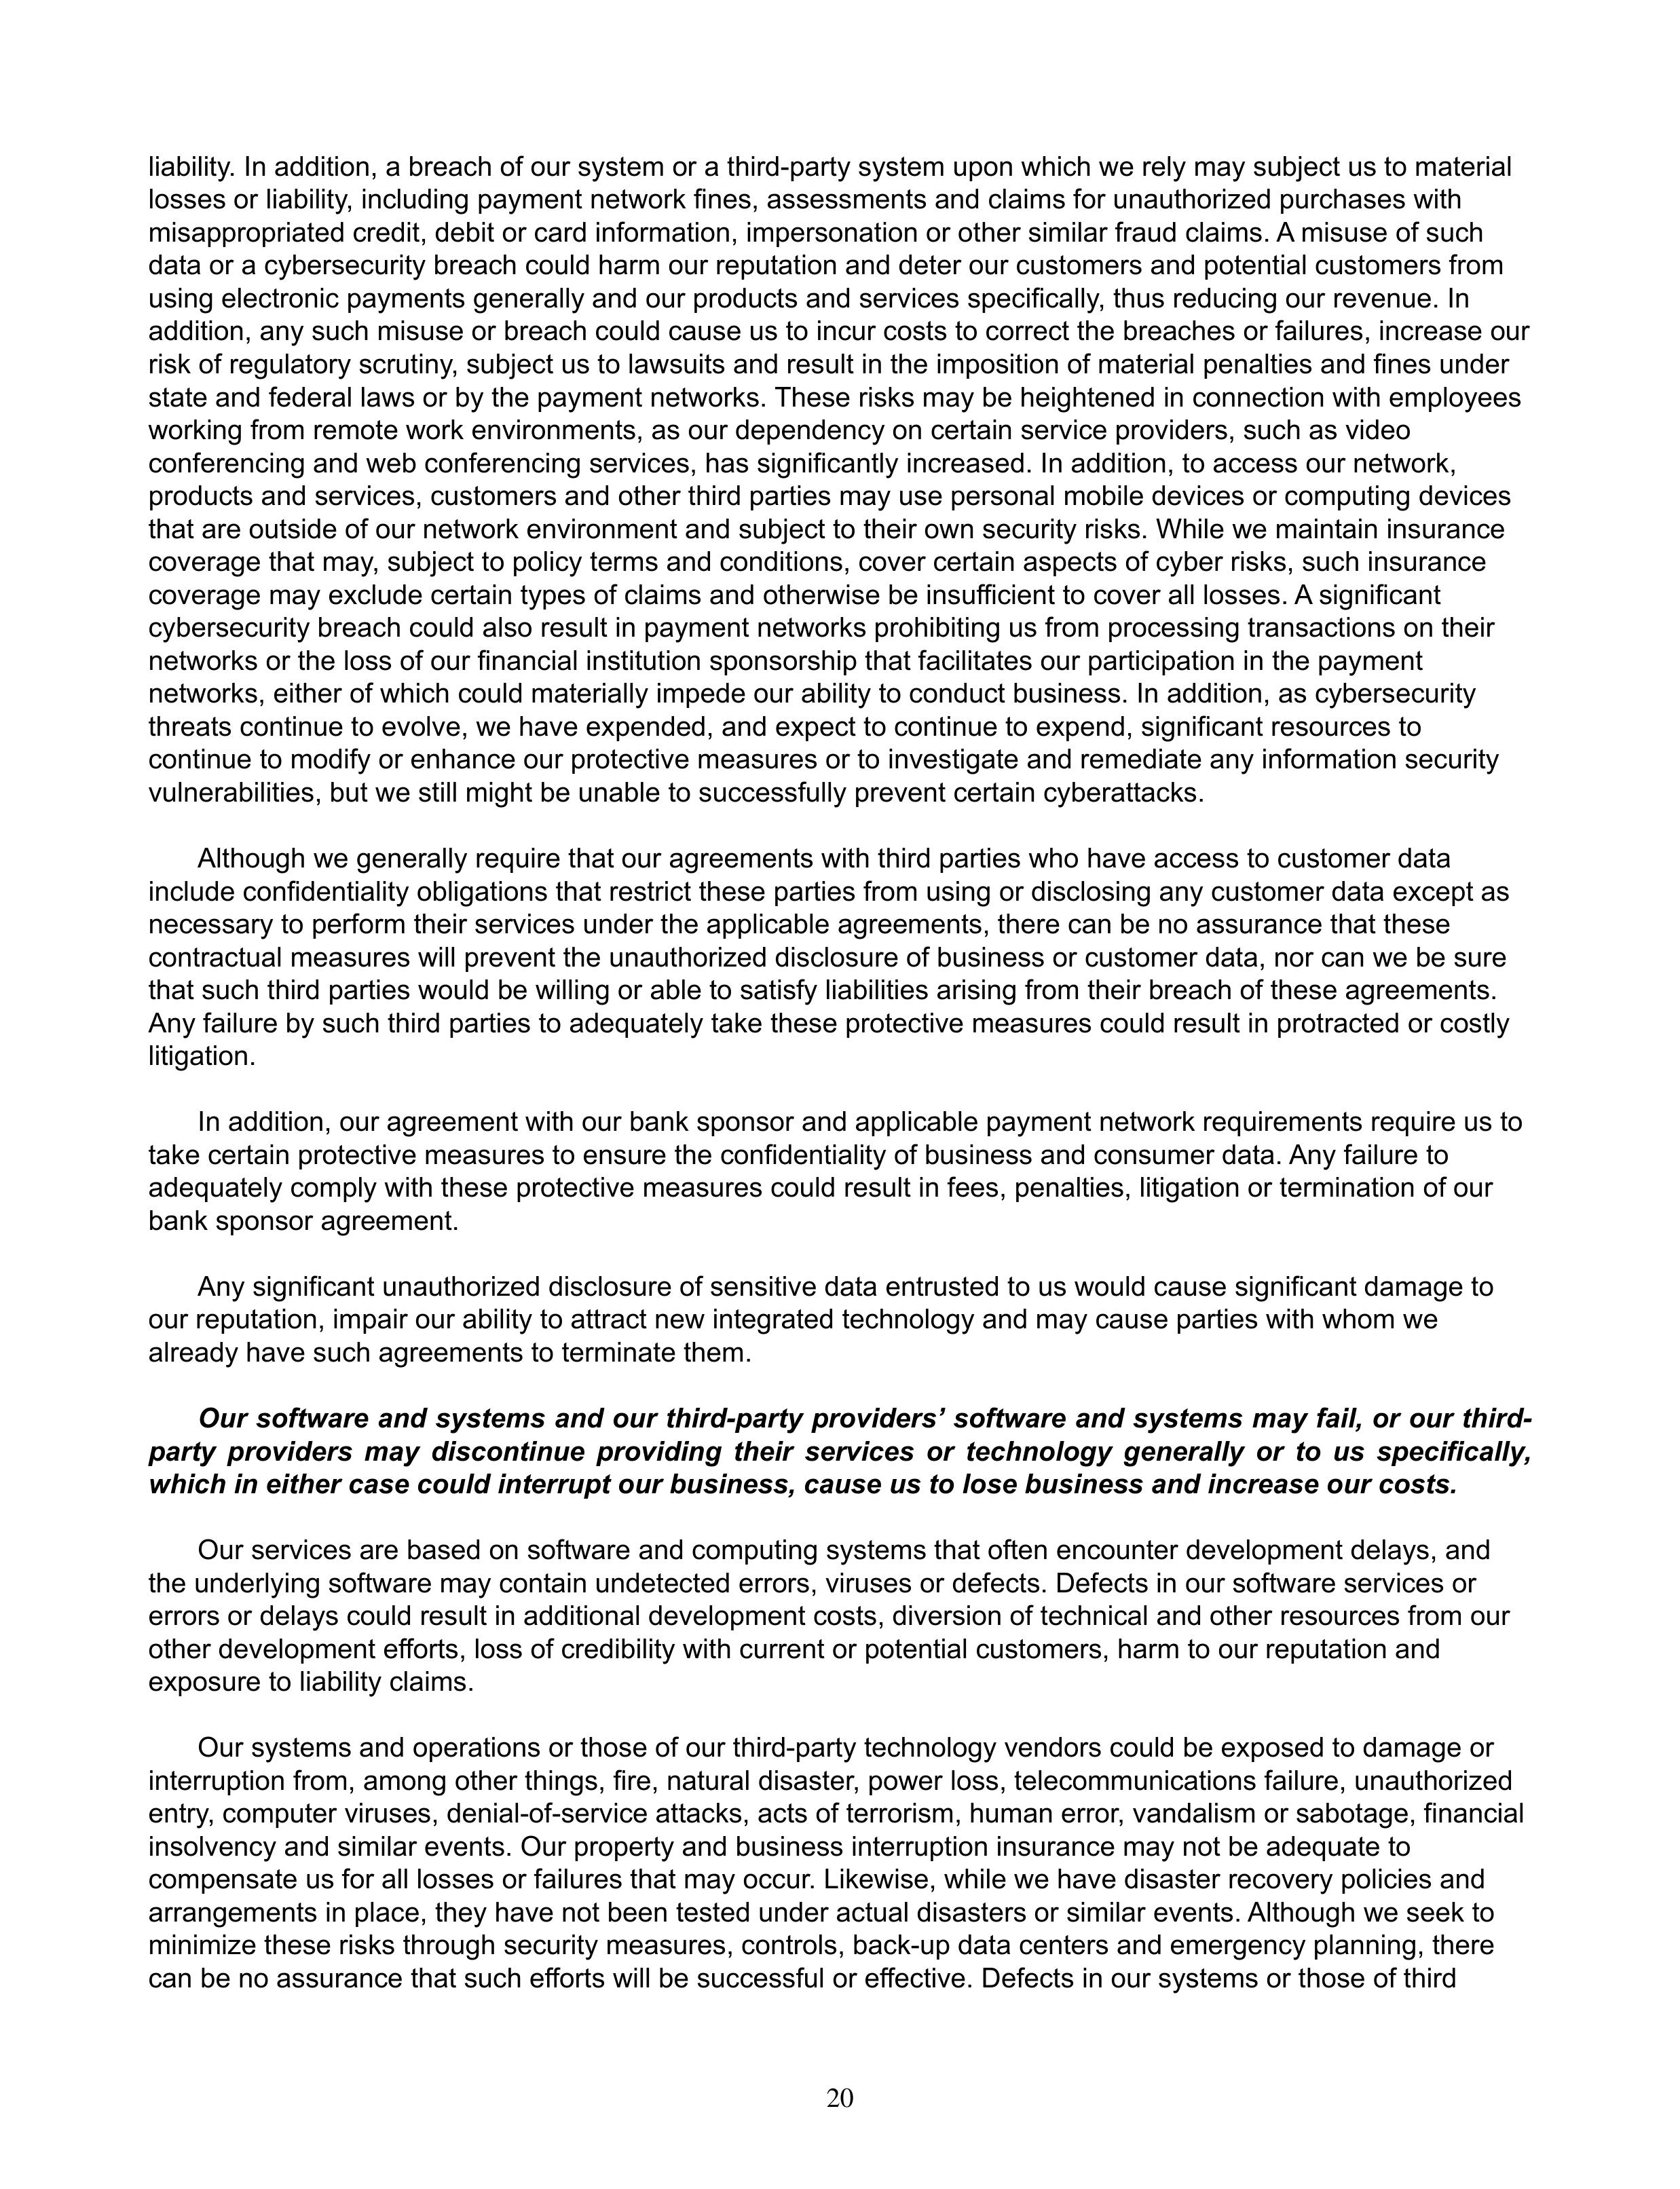
liability. In addition, a breach of our system or a third-party system upon which we rely may subject us to material
losses or liability, including payment network fines, assessments and claims for unauthorized purchases with
misappropriated credit, debit or card information, impersonation or other similar fraud claims. A misuse of such
data or a cybersecurity breach could harm our reputation and deter our customers and potential customers from
using electronic payments generally and our products and services specifically, thus reducing our revenue. In
addition, any such misuse or breach could cause us to incur costs to correct the breaches or failures, increase our
risk of regulatory scrutiny, subject us to lawsuits and result in the imposition of material penalties and fines under
state and federal laws or by the payment networks. These risks may be heightened in connection with employees
working from remote work environments, as our dependency on certain service providers, such as video
conferencing and web conferencing services, has significantly increased. In addition, to access our network,
products and services, customers and other third parties may use personal mobile devices or computing devices
that are outside of our network environment and subject to their own security risks. While we maintain insurance
coverage that may, subject to policy terms and conditions, cover certain aspects of cyber risks, such insurance
coverage may exclude certain types of claims and otherwise be insufficient to cover all losses. A significant
cybersecurity breach could also result in payment networks prohibiting us from processing transactions on their
networks or the loss of our financial institution sponsorship that facilitates our participation in the payment
networks, either of which could materially impede our ability to conduct business. In addition, as cybersecurity
threats continue to evolve, we have expended, and expect to continue to expend, significant resources to
continue to modify or enhance our protective measures or to investigate and remediate any information security
vulnerabilities, but we still might be unable to successfully prevent certain cyberattacks.

Although we generally require that our agreements with third parties who have access to customer data
include confidentiality obligations that restrict these parties from using or disclosing any customer data except as
necessary to perform their services under the applicable agreements, there can be no assurance that these
contractual measures will prevent the unauthorized disclosure of business or customer data, nor can we be sure
that such third parties would be willing or able to satisfy liabilities arising from their breach of these agreements.
Any failure by such third parties to adequately take these protective measures could result in protracted or costly
litigation.

In addition, our agreement with our bank sponsor and applicable payment network requirements require us to
take certain protective measures to ensure the confidentiality of business and consumer data. Any failure to
adequately comply with these protective measures could result in fees, penalties, litigation or termination of our
bank sponsor agreement.

Any significant unauthorized disclosure of sensitive data entrusted to us would cause significant damage to
our reputation, impair our ability to attract new integrated technology and may cause parties with whom we
already have such agreements to terminate them.

Our software and systems and our third-party providers’ software and systems may fail, or our third-
party providers may discontinue providing their services or technology generally or to us specifically,
which in either case could interrupt our business, cause us to lose business and increase our costs.

Our services are based on software and computing systems that often encounter development delays, and
the underlying software may contain undetected errors, viruses or defects. Defects in our software services or
errors or delays could result in additional development costs, diversion of technical and other resources from our
other development efforts, loss of credibility with current or potential customers, harm to our reputation and
exposure to liability claims.

Our systems and operations or those of our third-party technology vendors could be exposed to damage or
interruption from, among other things, fire, natural disaster, power loss, telecommunications failure, unauthorized
entry, computer viruses, denial-of-service attacks, acts of terrorism, human error, vandalism or sabotage, financial
insolvency and similar events. Our property and business interruption insurance may not be adequate to
compensate us for all losses or failures that may occur. Likewise, while we have disaster recovery policies and
arrangements in place, they have not been tested under actual disasters or similar events. Although we seek to
minimize these risks through security measures, controls, back-up data centers and emergency planning, there
can be no assurance that such efforts will be successful or effective. Defects in our systems or those of third

20